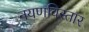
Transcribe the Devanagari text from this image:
नयणविस्तार